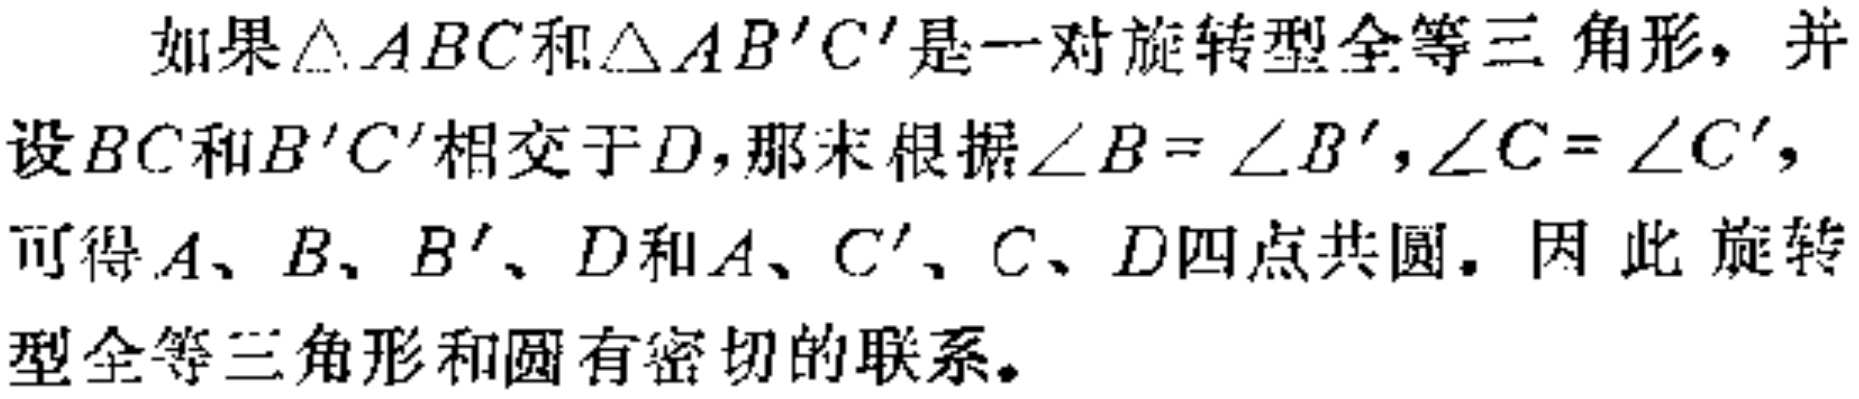
如果$\triangle ABC$和$\triangle AB'C'$是一对旋转型全等三角形，并设$BC$和$B'C'$相交于$D$，那末根据$\angle B = \angle B'$，$\angle C = \angle C'$，可得$A、B、B'、D$和$A、C'、C、D$四点共圆。因此旋转型全等三角形和圆有密切的联系。